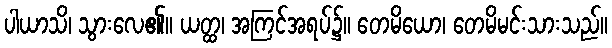
ပါယာသိ၊ သွားလေ၏။ ယတ္ထ၊ အကြင်အရပ်၌။ တေမိယော၊ တေမိမင်းသားသည်။